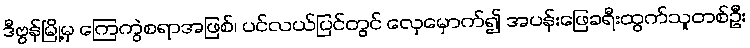
ဒီဗွန်မြို့မှ ကြေကွဲစရာအဖြစ်၊ ပင်လယ်ပြင်တွင် လှေမှောက်၍ အပန်းဖြေခရီးထွက်သူတစ်ဦး